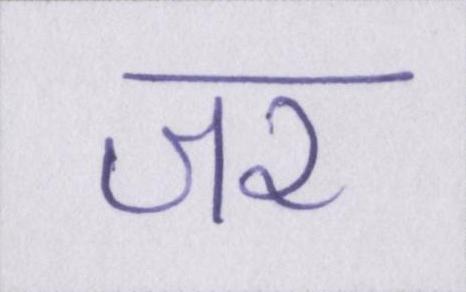
जर